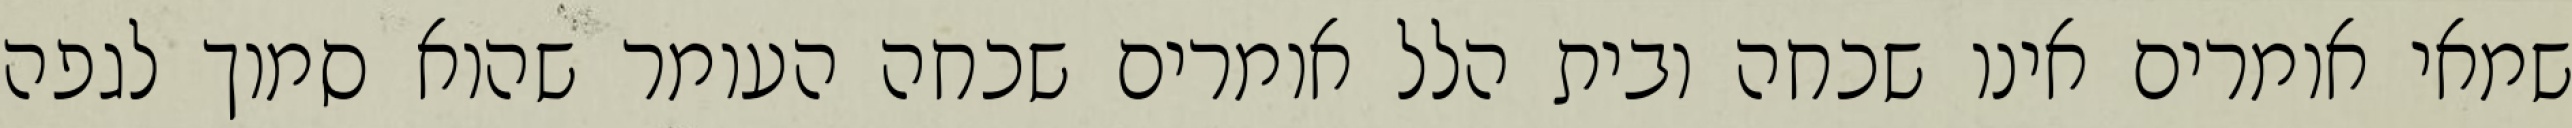
שמאי אומרים אינו שכחה ובית הלל אומרים שכחה העומר שהוא סמוך לגפה